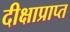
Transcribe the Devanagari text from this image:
दीक्षाप्राप्त